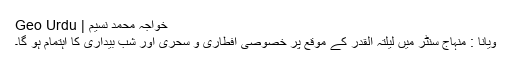
خواجہ محمد نسیم | Geo Urdu
ویانا : منہاج سنٹر میں لیلتہ القدر کے موقع پر خصوصی افطاری و سحری اور شب بیداری کا اہتمام ہو گا۔